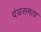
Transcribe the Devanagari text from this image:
दंडसमता